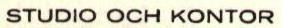
STUDIO OCH KONTOR